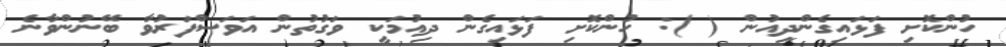
ހުންކޮށި ފަޅައިގެންދިއުން ( ): ހުންކޮށި ފަޅައިގެން ދިއުމަކީ ވަގުތުން އަވަސްފަރުވާ ބޭނުންވާނެ